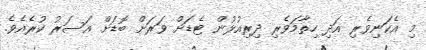
މި އެކަނިވެރި އަދި ހިތާމަވެރި ދިރިއުޅުން ޓެޑަށް ވަރަށް ބޮޑަށް އަސަރު ކުރެއެވެ.